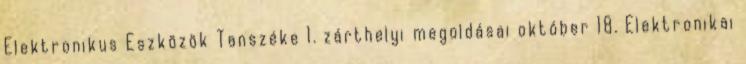
Elektronikus Eszközök Tanszéke 1. zárthelyi megoldásai október 18. Elektronikai